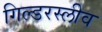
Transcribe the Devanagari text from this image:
गिल्डरस्लीव